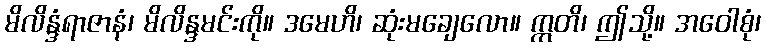
မိလိန္ဒံရာဇာနံ၊ မိလိန္ဒမင်းကို။ ဒမေဟိ၊ ဆုံးမချေလော။ ဣတိ၊ ဤသို့။ အဝေါစုံ၊